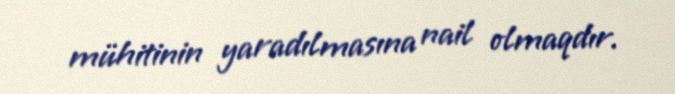
mühitinin yaradılmasına nail olmaqdır.